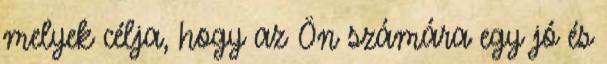
melyek célja, hogy az Ön számára egy jó és